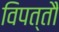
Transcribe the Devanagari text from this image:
विपत्तौ